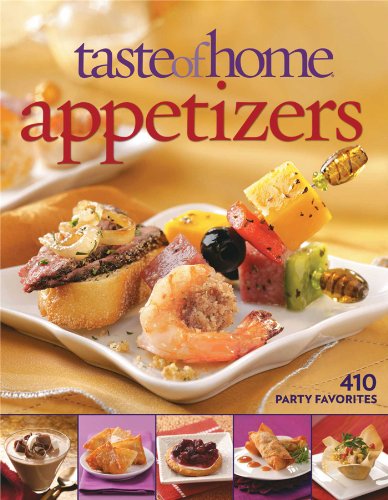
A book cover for Taste of Home: Appetizers: 410 Party Favorites; Taste of Home; Cookbooks, Food & Wine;